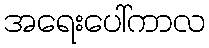
အရေးပေါ်ကာလ